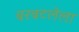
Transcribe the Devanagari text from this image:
बरबटलेला